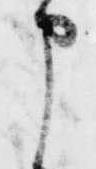
申